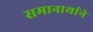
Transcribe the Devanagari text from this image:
समानार्थाने